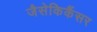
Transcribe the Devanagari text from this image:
जैसेकिकैंसर